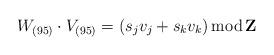
LaTeX: \begin{align*}W _{(95)} \cdot V _{(95)}= (s_jv_j +s_kv_k) {\rm \, mod \,} {\bf Z}\end{align*}